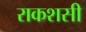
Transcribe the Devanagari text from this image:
राकशसी